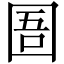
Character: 圄